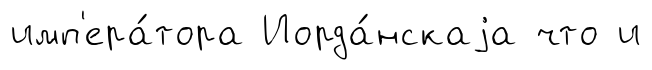
имп'ера́тора Иорда́нскаjа что и